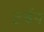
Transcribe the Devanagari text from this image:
टर्बन